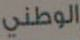
الوطني